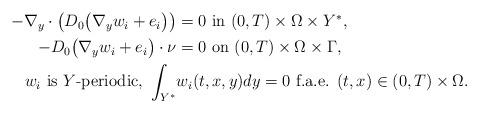
LaTeX: \begin{align*}\begin{aligned}- \nabla_y \cdot \left( D_0 \big(\nabla_y w_i + e_i\big)\right) &= 0 \mbox{ in } (0,T)\times \Omega \times Y^{\ast},\\- D_0 \big(\nabla_y w_i + e_i \big) \cdot \nu &= 0 \mbox{ on } (0,T)\times \Omega \times \Gamma,\\w_i \mbox{ is } Y\mbox{-periodic, } \int_{Y^{\ast}}& w_i(t,x,y) dy = 0 \mbox{ f.a.e. } (t,x) \in (0,T)\times \Omega.\end{aligned}\end{align*}